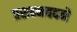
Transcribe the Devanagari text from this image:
प्रसन्नवदने